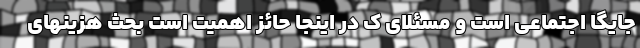
جایگا اجتماعی است و مسئلای ک در اینجا حائز اهمیت است بحث هزینهای